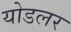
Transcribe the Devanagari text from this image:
योडलर